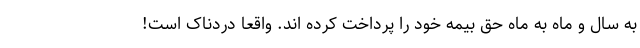
به سال و ماه به ماه حق بیمه خود را پرداخت کرده اند. واقعا دردناک است!